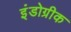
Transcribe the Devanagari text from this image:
इंंडोग्रीक